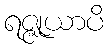
ရဇ္ဇုယာပိ